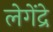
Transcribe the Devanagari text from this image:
लेगेंद्रे